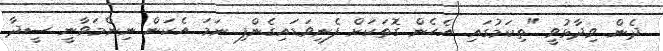
ދެން ވިދާޅުވީ "ތިކަމުގައި އެހެން ގޮތަކަށް ފެނިވަޑައިގެންފި ނަމަ އެކަން ނިންމަވާނީ ސީދާ